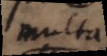
multa